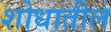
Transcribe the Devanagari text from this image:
शोधातील